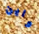
واين